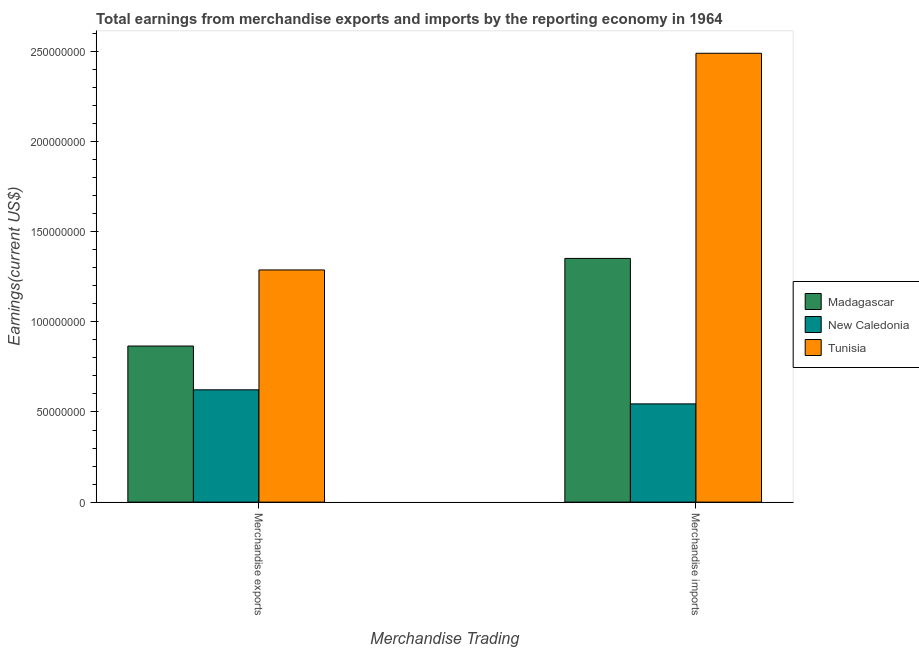
| Merchandise Trading | Madagascar | New Caledonia | Tunisia |
 | --- | --- | --- | --- |
 | Merchandise exports | 8.66e+07 | 6.23e+07 | 1.29e+08 |
 | Merchandise imports | 1.35e+08 | 5.45e+07 | 2.49e+08 |